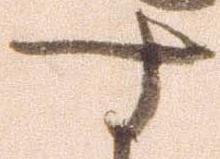
す